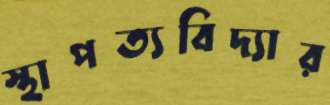
স্থাপত্যবিদ্যার